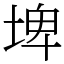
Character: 埤